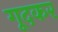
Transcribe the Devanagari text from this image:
गूदकर